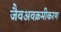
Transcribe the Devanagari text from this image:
जैवअवक्रमीकरण